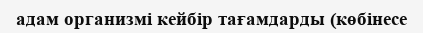
адам организмі кейбір тағамдарды (көбінесе